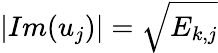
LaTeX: \left|Im(u_{j})\right|=\sqrt{E_{k,j}}